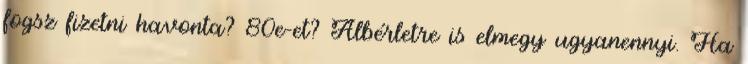
fogsz fizetni havonta? 80e-et? Albérletre is elmegy ugyanennyi. Ha